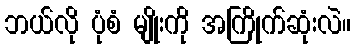
ဘယ်လို ပုံစံ မျိုးကို အကြိုက်ဆုံးလဲ။